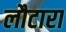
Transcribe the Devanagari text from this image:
लौटारा